Report of the Bombay Veterinary College
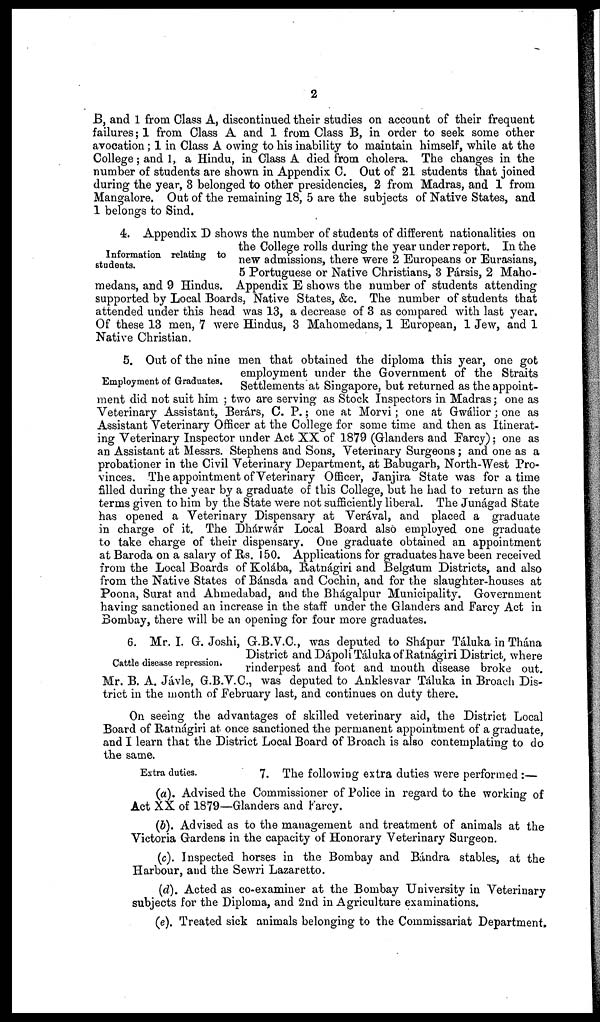
2
B, and 1 from Class A, discontinued their studies on account of their frequent
failures; 1 from Class A and 1 from Class B, in order to seek some other
avocation; 1 in Class A owing to his inability to maintain himself, while at the
College; and 1, a Hindu, in Class A died from cholera. The changes in the
number of students are shown in Appendix C. Out of 21 students that joined
during the year, 3 belonged to other presidencies, 2 from Madras, and 1 from
Mangalore. Out of the remaining 18, 5 are the subjects of Native States, and
1 belongs to Sind.
Information relating to
students.
4. Appendix D shows the number of students of different nationalities on
the College rolls during the year under report. In the
new admissions, there were 2 Europeans or Eurasians,
5 Portuguese or Native Christians, 3 Pársis, 2 Maho-
medans, and 9 Hindus. Appendix E shows the number of students attending
supported by Local Boards, Native States, &c. The number of students that
attended under this head was 13, a decrease of 3 as compared with last year.
Of these 13 men, 7 were Hindus, 3 Mahomedans, 1 European, 1 Jew, and 1
Native Christian.
Employment of Graduates.
5. Out of the nine men that obtained the diploma this year, one got
employment under the Government of the Straits
Settlements at Singapore, but returned as the appoint-
ment did not suit him ; two are serving as Stock Inspectors in Madras; one as
Veterinary Assistant, Berárs, C. P. ; one at Morvi; one at Gwálior; one as
Assistant Veterinary Officer at the College for some time and then as Itinerat-
ing Veterinary Inspector under Act XX of 1879 (Glanders and Farcy); one as
an Assistant at Messrs. Stephens and Sons, Veterinary Surgeons; and one as a
probationer in the Civil Veterinary Department, at Babugarh, North-West Pro-
vinces. The appointment of Veterinary Officer, Janjira State was for a time
filled during the year by a graduate of this College, but he had to return as the
terms given to him by the State were not sufficiently liberal. The Junágad State
has opened a Veterinary Dispensary at Verával, and placed a graduate
in charge of it. The Dhárwá Local Board also employed one graduate
to take charge of their dispensary. One graduate obtained an appointment
at Baroda on a salary of Rs. 150. Applications for graduates have been received
from the Local Boards of Kolába, Ratnágiri and Belgaum Districts, and also
from the Native States of Bánsda and Cochin, and for the slaughter-houses at
Poona, Surat and Ahmedabad, and the Bhágalpur Municipality. Government
having sanctioned an increase in the staff under the Glanders and Farcy Act in
Bombay, there will be an opening for four more graduates.
Cattle disease repression.
6. Mr. I. G. Joshi, G.B.V.C., was deputed to Shápur Táluka in Thána
District and Dápoli Táluka of Ratnágiri District, where
rinderpest and foot and mouth disease broke out.
Mr. B. A. Jávle, G.B.V.C., was deputed to Anklesvar Táluka in Broach Dis-
trict in the month of February last, and continues on duty there.
On seeing the advantages of skilled veterinary aid, the District Local
Board of Ratnágiri at once sanctioned the permanent appointment of a graduate,
and I learn that the District Local Board of Broach is also contemplating to do
the same.
Extra duties.
7. The following extra duties were performed:—
(a). Advised the Commissioner of Police in regard to the working of
Act XX of 1879—Glanders and Farcy.
(b). Advised as to the management and treatment of animals at the
Victoria Gardens in the capacity of Honorary Veterinary Surgeon.
(c). Inspected horses in the Bombay and Bándra stables, at the
Harbour, and the Sewri Lazaretto.
(d). Acted as co-examiner at the Bombay University in Veterinary
subjects for the Diploma, and 2nd in Agriculture examinations.
(e). Treated sick animals belonging to the Commissariat Department.